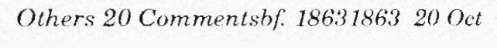
Others 20 Commentsbf. 18631863  20 Oct